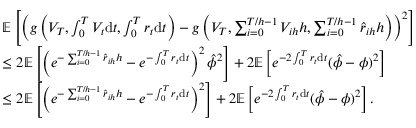
\begin{array} { r l } & { \mathbb { E } \left[ \left( g \left( V _ { T } , \int _ { 0 } ^ { T } V _ { t } \mathrm { d } t , \int _ { 0 } ^ { T } r _ { t } \mathrm { d } t \right) - g \left( V _ { T } , \sum _ { i = 0 } ^ { T / h - 1 } V _ { i h } h , \sum _ { i = 0 } ^ { T / h - 1 } \hat { r } _ { i h } h \right) \right) ^ { 2 } \right] } \\ & { \leq 2 \mathbb { E } \left[ \left( e ^ { - \sum _ { i = 0 } ^ { T / h - 1 } \hat { r } _ { i h } h } - e ^ { - \int _ { 0 } ^ { T } r _ { t } \mathrm { d } t } \right) ^ { 2 } \hat { \phi } ^ { 2 } \right] + 2 \mathbb { E } \left[ e ^ { - 2 \int _ { 0 } ^ { T } r _ { t } \mathrm { d } t } ( \hat { \phi } - \phi ) ^ { 2 } \right] } \\ & { \leq 2 \mathbb { E } \left[ \left( e ^ { - \sum _ { i = 0 } ^ { T / h - 1 } \hat { r } _ { i h } h } - e ^ { - \int _ { 0 } ^ { T } r _ { t } \mathrm { d } t } \right) ^ { 2 } \right] + 2 \mathbb { E } \left[ e ^ { - 2 \int _ { 0 } ^ { T } r _ { t } \mathrm { d } t } ( \hat { \phi } - \phi ) ^ { 2 } \right] . } \end{array}